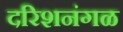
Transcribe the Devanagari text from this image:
दरिशनंगळ